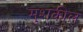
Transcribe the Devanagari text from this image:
मुशकील